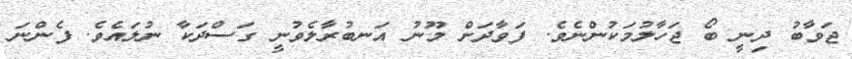
ޖަވާބު ދިނީ ބޯ ޖަހާލުމަކުންނެވެ. ފަވާދަށް މޫނު އަނބުރާލެވުނީ ގަސްދަކާ ނުލައެވެ. ފެންނަ